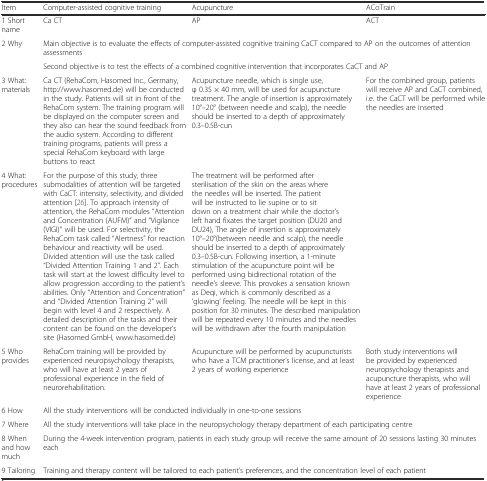
<table><thead><tr><td><b>Item</b></td><td><b>Computer-assisted cognitive training</b></td><td><b>Acupuncture</b></td><td><b>ACoTrain</b></td></tr></thead><tbody><tr><td>1 Short name</td><td>Ca CT</td><td>AP</td><td>ACT</td></tr><tr><td rowspan="2">2 Why</td><td colspan="3">Main objective is to evaluate the effects of computer-assisted cognitive training CaCT compared to AP on the outcomes of attention assessments</td></tr><tr><td colspan="3">Second objective is to test the effects of a combined cognitive intervention that incorporates CaCT and AP</td></tr><tr><td>3 What: materials</td><td>Ca CT (RehaCom, Hasomed Inc., Germany, http://www.hasomed.de) will be conducted in the study. Patients will sit in front of the RehaCom system. The training program will be displayed on the computer screen and they also can hear the sound feedback from the audio system. According to different training programs, patients will press a special RehaCom keyboard with large buttons to react</td><td>Acupuncture needle, which is single use, φ 0.35 × 40 mm, will be used for acupuncture treatment. The angle of insertion is approximately 10°–20° (between needle and scalp), the needle should be inserted to a depth of approximately 0.3–0.5B-cun</td><td rowspan="2">For the combined group, patients will receive AP and CaCT combined, i.e. the CaCT will be performed while the needles are inserted</td></tr><tr><td>4 What: procedures</td><td>For the purpose of this study, three submodalities of attention will be targeted with CaCT: intensity, selectivity, and divided attention [26]. To approach intensity of attention, the RehaCom modules “Attention and Concentration (AUFM)” and “Vigilance (VIGI)” will be used. For selectivity, the RehaCom task called “Alertness” for reaction behaviour and reactivity will be used. Divided attention will use the task called “Divided Attention Training 1 and 2”. Each task will start at the lowest difficulty level to allow progression according to the patient’s abilities. Only “Attention and Concentration” and “Divided Attention Training 2” will begin with level 4 and 2 respectively. A detailed description of the tasks and their content can be found on the developer’s site (Hasomed GmbH, www.hasomed.de)</td><td>The treatment will be performed after sterilisation of the skin on the areas where the needles will be inserted. The patient will be instructed to lie supine or to sit down on a treatment chair while the doctor’s left hand fixates the target position (DU20 and DU24), The angle of insertion is approximately 10°–20°(between needle and scalp), the needle should be inserted to a depth of approximately 0.3–0.5B-cun. Following insertion, a 1-minute stimulation of the acupuncture point will be performed using bidirectional rotation of the needle’s sleeve. This provokes a sensation known as Deqi, which is commonly described as a ‘glowing’ feeling. The needle will be kept in this position for 30 minutes. The described manipulation will be repeated every 10 minutes and the needles will be withdrawn after the fourth manipulation</td></tr><tr><td>5 Who provides</td><td>RehaCom training will be provided by experienced neuropsychology therapists, who will have at least 2 years of professional experience in the field of neurorehabilitation.</td><td>Acupuncture will be performed by acupuncturists who have a TCM practitioner’s license, and at least 2 years of working experience</td><td>Both study interventions will be provided by experienced neuropsychology therapists and acupuncture therapists, who will have at least 2 years of professional experience</td></tr><tr><td>6 How</td><td colspan="3">All the study interventions will be conducted individually in one-to-one sessions</td></tr><tr><td>7 Where</td><td colspan="3">All the study interventions will take place in the neuropsychology therapy department of each participating centre</td></tr><tr><td>8 When and how much</td><td colspan="3">During the 4-week intervention program, patients in each study group will receive the same amount of 20 sessions lasting 30 minutes each</td></tr><tr><td>9 Tailoring</td><td colspan="3">Training and therapy content will be tailored to each patient’s preferences, and the concentration level of each patient</td></tr></tbody></table>